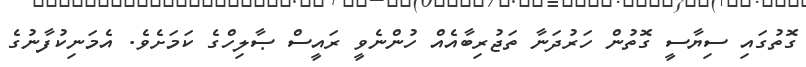
ގޮތުގައި ސިޔާސީ ގޮތުން ހަރުދަނާ ތަޖުރިބާއެއް ހުންނެވީ ރައީސް ޞާލިހްގެ ކަމަށެވެ. އެމަނިކުފާނުގެ